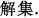
解集。